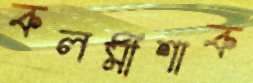
কলমীশাক